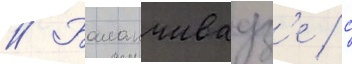
// Баланчивадз'е / с